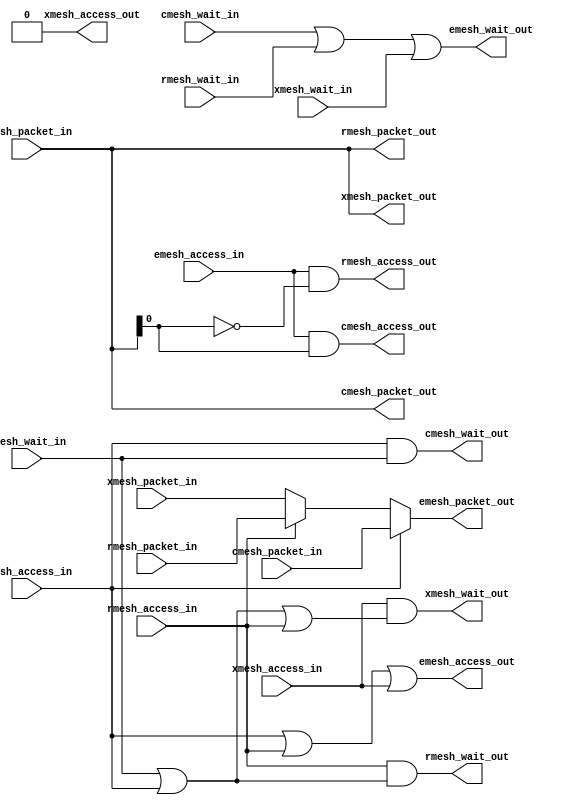
module emesh_if_1 (
   cmesh_wait_out, cmesh_access_out, cmesh_packet_out, rmesh_wait_out,
   rmesh_access_out, rmesh_packet_out, xmesh_wait_out,
   xmesh_access_out, xmesh_packet_out, emesh_wait_out,
   emesh_access_out, emesh_packet_out,
   cmesh_access_in, cmesh_packet_in, cmesh_wait_in, rmesh_access_in,
   rmesh_packet_in, rmesh_wait_in, xmesh_access_in, xmesh_packet_in,
   xmesh_wait_in, emesh_access_in, emesh_packet_in, emesh_wait_in
   );
   parameter AW   = 32;   
   parameter PW   = 2*AW+40; 
   input 	   cmesh_access_in;
   input [PW-1:0]  cmesh_packet_in;
   output 	   cmesh_wait_out;
   output 	   cmesh_access_out;
   output [PW-1:0] cmesh_packet_out;
   input 	   cmesh_wait_in;
   input 	   rmesh_access_in;
   input [PW-1:0]  rmesh_packet_in;
   output 	   rmesh_wait_out;
   output 	   rmesh_access_out;
   output [PW-1:0] rmesh_packet_out;
   input 	   rmesh_wait_in;
   input 	   xmesh_access_in;
   input [PW-1:0]  xmesh_packet_in;
   output 	   xmesh_wait_out;  
   output 	   xmesh_access_out;
   output [PW-1:0] xmesh_packet_out;
   input 	   xmesh_wait_in;
   input 	   emesh_access_in;
   input [PW-1:0]  emesh_packet_in;
   output 	   emesh_wait_out;
   output 	   emesh_access_out;
   output [PW-1:0] emesh_packet_out;
   input 	   emesh_wait_in;
   assign cmesh_access_out = emesh_access_in & emesh_packet_in[0];
   assign rmesh_access_out = emesh_access_in & ~emesh_packet_in[0];
   assign xmesh_access_out = 1'b0;
   assign cmesh_packet_out[PW-1:0] = emesh_packet_in[PW-1:0];	 
   assign rmesh_packet_out[PW-1:0] = emesh_packet_in[PW-1:0];	 
   assign xmesh_packet_out[PW-1:0] = emesh_packet_in[PW-1:0];
   assign emesh_wait_out = cmesh_wait_in |
			   rmesh_wait_in |
			   xmesh_wait_in;
   assign emesh_access_out = cmesh_access_in |
			     rmesh_access_in |
			     xmesh_access_in;
   assign emesh_packet_out[PW-1:0] = cmesh_access_in ? cmesh_packet_in[PW-1:0] :
				     rmesh_access_in ? rmesh_packet_in[PW-1:0] :
				                       xmesh_packet_in[PW-1:0];
   assign cmesh_wait_out = (cmesh_access_in & emesh_wait_in);
   assign rmesh_wait_out = rmesh_access_in & 
			   (emesh_wait_in | cmesh_access_in);
   assign xmesh_wait_out = xmesh_access_in & 
			   (emesh_wait_in | cmesh_access_in | rmesh_access_in);
endmodule